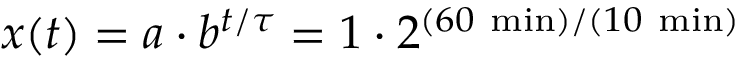
x ( t ) = a \cdot b ^ { t / \tau } = 1 \cdot 2 ^ { ( 6 0 { \mathrm { ~ m i n } } ) / ( 1 0 { \mathrm { ~ m i n } } ) }